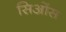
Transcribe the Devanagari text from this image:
सिओंस